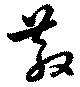
散